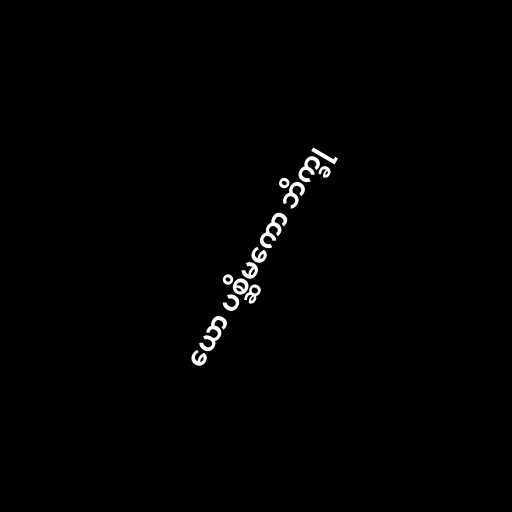
ယော ပစ္ဆိမကော ဘိက္ခု